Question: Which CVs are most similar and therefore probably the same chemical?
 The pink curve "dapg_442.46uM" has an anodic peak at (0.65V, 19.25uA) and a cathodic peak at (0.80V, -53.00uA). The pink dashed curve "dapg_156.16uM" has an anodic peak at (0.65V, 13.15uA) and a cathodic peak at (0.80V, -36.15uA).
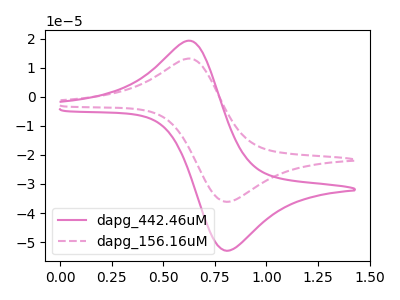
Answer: <think>All the peaks in "dapg_442.46uM" have a peak in "dapg_156.16uM" at the same potential. Every peak in "dapg_442.46uM" is higher than every peak in "dapg_156.16uM".
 </think>
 <answer>"dapg_156.16uM" and "dapg_442.46uM" have the same shape and are likely CV's of the same chemical.</answer>
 <eval>"dapg_156.16uM" "dapg_442.46uM"</eval>